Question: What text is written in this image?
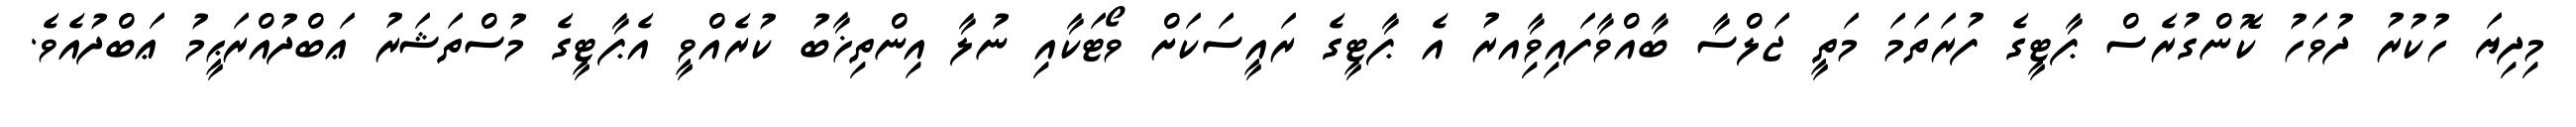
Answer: މިދިޔަ ހުކުރު ދުވަހު ކޮންގުރެސް ޕާޓީގެ ފުރަތަމަ މަތީ ޖަލްސާ ބާއްވާފައިވާިއރު އެ ޕާޓީގެ ރައީސަކަށް ވޯޓަކާއި ނުލާ އިންތިޚާބު ކުރެއްވީ އެޕާޓީގެ މުސްތަޝަރު ޢަބްދުއްރަޙީމު ޢަބްދުއެވެ.